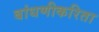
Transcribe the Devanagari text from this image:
बांधणीकरिता